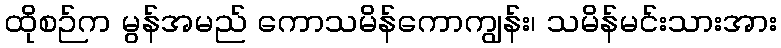
ထိုစဉ်က မွန်အမည် ကောသမိန်ကောကျွန်း၊ သမိန်မင်းသားအား